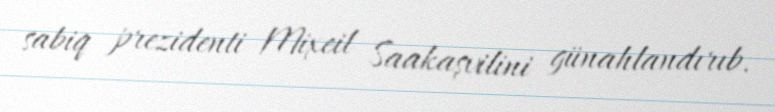
sabiq prezidenti Mixeil Saakaşvilini günahlandırıb.